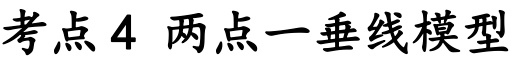
考点4 两点一垂线模型